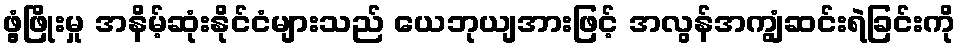
ဖွံ့ဖြိုးမှု အနိမ့်ဆုံးနိုင်ငံများသည် ယေဘုယျအားဖြင့် အလွန်အကျွံဆင်းရဲခြင်းကို